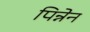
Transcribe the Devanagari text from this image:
पिन्नेन